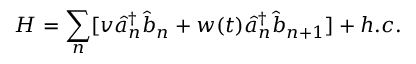
H = \sum _ { n } [ v \hat { a } _ { n } ^ { \dagger } \hat { b } _ { n } + w ( t ) \hat { a } _ { n } ^ { \dagger } \hat { b } _ { n + 1 } ] + h . c .